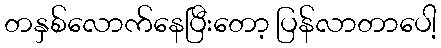
တနှစ်လောက်နေပြီးတော့ ပြန်လာတာပေါ့